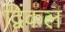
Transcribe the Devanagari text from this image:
द्विंकल